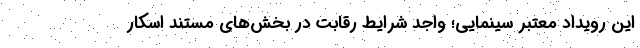
این رویداد معتبر سینمایی؛ واجد شرایط رقابت در بخش‌های مستند اسکار